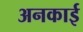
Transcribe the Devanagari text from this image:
अनकाई